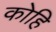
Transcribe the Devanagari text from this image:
कोहि